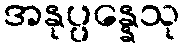
အနုပ္ပန္နေသု